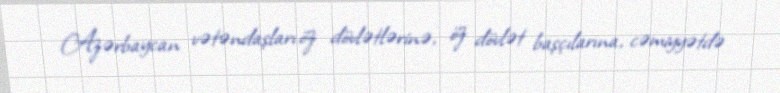
Azərbaycan vətəndaşları öz dövlətlərinə, öz dövlət başçılarına, cəmiyyətdə